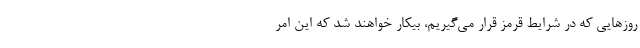
روزهایی که در شرایط قرمز قرار می‌گیریم، بیکار خواهند شد که این امر